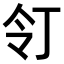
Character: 𠄖